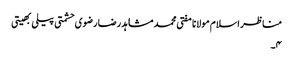
مناظر اسلام مولانا مفتی محمد مشاہد رضا رضوی حشمتی پیلی بھیتی
۴۔